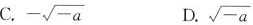
C. - \sqrt{-a} D. \sqrt{-a}